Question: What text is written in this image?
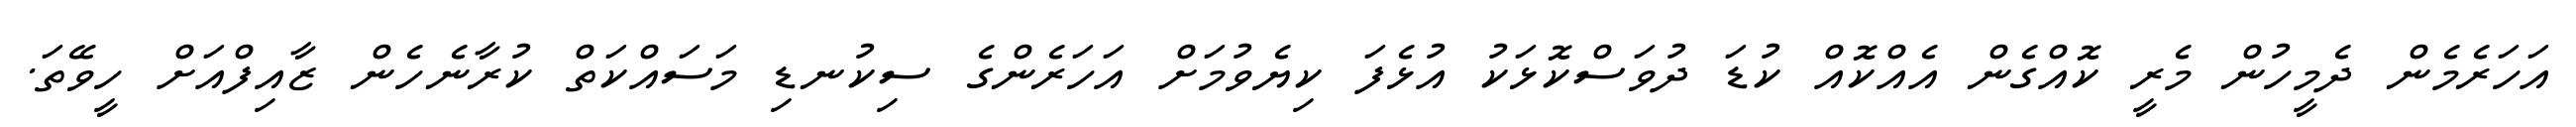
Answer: އަހަރެމެން ދެމީހުން މެރީ ކޮއްގެން އެއްކޮއް ކުޑަ ދުވަސްކޮޅަކު އުޅެފަ ކިޔެވުމަށް އަހަރެންގެ ސިކުނޑި މަސައްކަތް ކުރާނެހެން ޒާއިފްއަށް ހީވޭތަ.